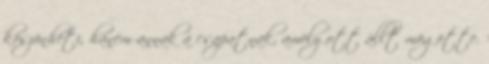
köszönheti, hanem annak a csapatnak, amely ott állt mögötte.